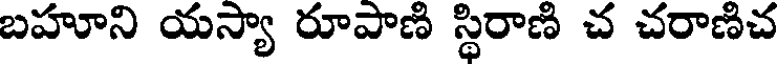
బహూని యస్యా రూపాణి స్థిరాణి చ చరాణిచ